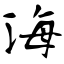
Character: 海